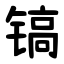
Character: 镐